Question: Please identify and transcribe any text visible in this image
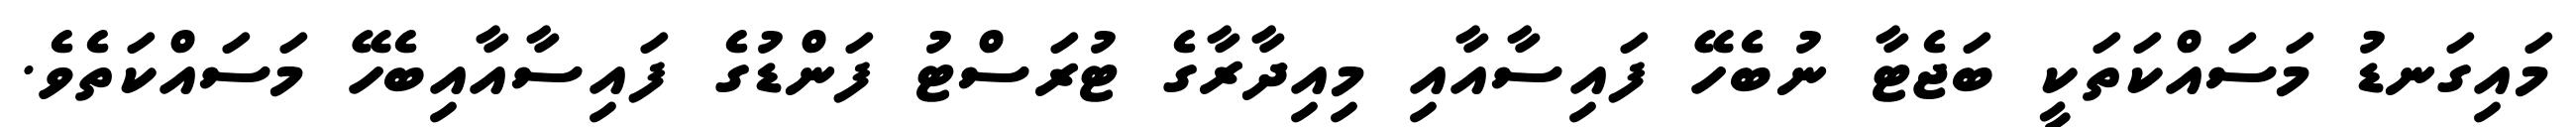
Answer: މައިގަނޑު މަސައްކަތަކީ ބަޖެޓާ ނުބެހޭ ފައިސާއާއި މިއިދާރާގެ ޓުރަސްޓު ފަންޑުގެ ފައިސާއާއިބެހޭ މަސައްކަތެވެ.